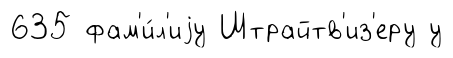
635 фам'и́л'иjу Штрайтв'из'еру у